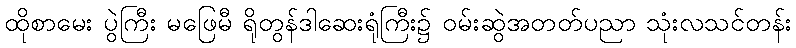
ထိုစာမေး ပွဲကြီး မဖြေမီ ရိုတွန်ဒါဆေးရုံကြီး၌ ဝမ်းဆွဲအတတ်ပညာ သုံးလသင်တန်း